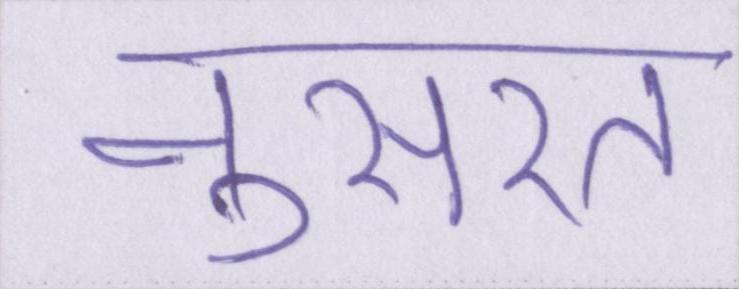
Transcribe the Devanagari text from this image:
नुसरत